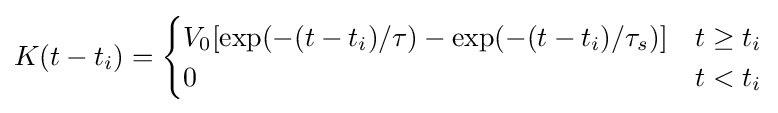
K(t-t_{i})={\begin{cases}V_{0}[\exp(-(t-t_{i})/\tau )-\exp(-(t-t_{i})/\tau _{s})]&t\geq t_{i}\\0&t<t_{i}\end{cases}}